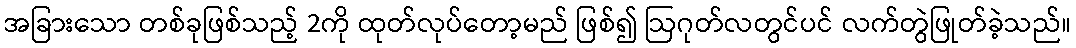
အခြားသော တစ်ခုဖြစ်သည့် 2ကို ထုတ်လုပ်တော့မည် ဖြစ်၍ ဩဂုတ်လတွင်ပင် လက်တွဲဖြုတ်ခဲ့သည်။